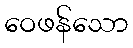
ဝေဖန်သော